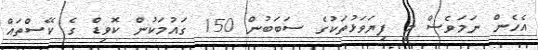
އެހެން ނަމަވެސް މި ފިޔަވަޅުތަކުގެ ސަބަބުން 150 ގައުމަކުން ކޮވިޑް ގެ ކޭސްތައް